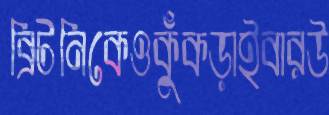
ব্রিটনিকেওকুঁকড়াইবারউ